Mental hospitals Bombay report 1929-33 - 1929-1933
Year: 1929
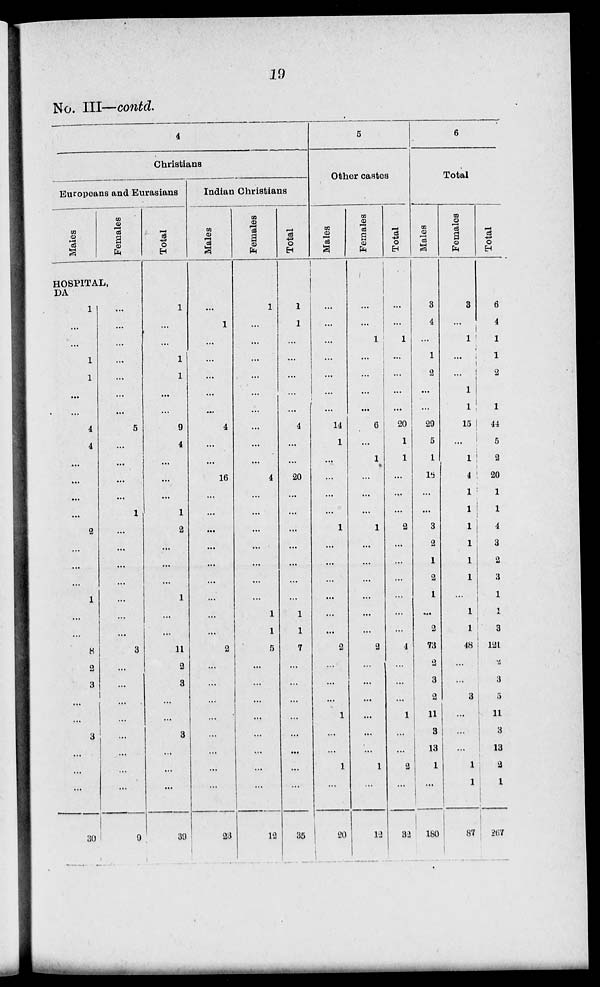
19
No. III—contd.
4
Christians
Europeans and Eurasians
Males
Females
HOSPITAL,
DA
1
...
...
1
1
...
...
4
4
...
...
...
...
2
...
...
...
1
...
...
8
2
3
...
...
3
...
...
...
30
...
...
...
...
...
...
...
5
...
...
...
...
1
...
...
...
...
...
...
...
3
...
...
...
...
...
...
...
...
9
Total
1
...
...
1
1
...
...
9
4
...
...
...
1
2
...
...
...
1
...
...
11
2
3
...
...
3
...
...
...
39
Indian Christians
Males
...
1
...
...
...
...
...
4
...
...
16
...
...
...
...
...
...
...
...
...
2
...
...
...
...
...
...
...
...
23
Females
1
...
...
...
...
...
...
...
...
...
4
...
...
...
...
...
...
...
1
1
5
...
...
...
...
...
...
...
...
12
Total
1
1
...
...
...
...
...
4
...
...
20
...
...
...
...
...
...
...
1
1
7
...
...
...
...
...
...
...
...
35
5
Other castes
Males
...
...
...
...
...
...
...
14
1
...
...
...
...
1
...
...
...
...
...
...
2
...
...
...
1
...
...
1
...
20
Females
...
...
1
...
...
...
...
6
...
1
...
...
...
1
...
...
...
...
...
...
2
...
...
...
...
...
...
1
...
12
Total
...
...
1
...
...
...
...
20
1
1
...
...
...
2
...
...
...
...
...
...
4
...
...
...
1
...
...
2
...
32
6
Total
Males
3
4
...
1
2
...
...
29
5
1
16
...
...
3
2
1
2
1
...
2
73
2
3
2
11
3
13
1
...
180
Females
3
...
1
...
...
1
1
15
...
1
4
1
1
1
1
1
1
...
1
1
48
...
...
3
...
...
...
1
1
87
Total
6
4
1
1
2
...
1
44
5
2
20
1
1
4
3
2
3
1
1
3
121
2
3
5
11
3
13
2
1
267